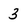
Character: 3